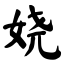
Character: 娆